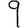
Digit: 9